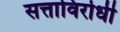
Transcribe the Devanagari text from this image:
सत्ताविरोधी